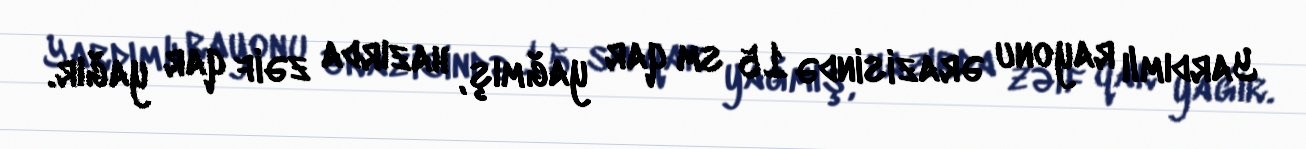
Yardımlı rayonu ərazisində 15 sm qar yağmış, hazırda zəif qar yağır.